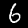
Digit: 6